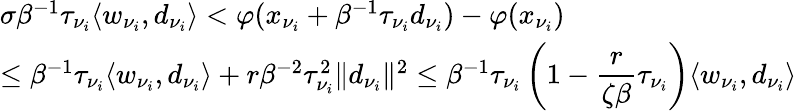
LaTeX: \begin{array}{ll}{\sigma\beta^{-1}\tau_{\nu_{i}}\langle w_{\nu_{i}},d_{\nu_{i}}\rangle<\varphi(x_{\nu_{i}}+\beta^{-1}\tau_{\nu_{i}}d_{\nu_{i}})-\varphi(x_{\nu_{i}})}\\ {\leq\beta^{-1}\tau_{\nu_{i}}\langle w_{\nu_{i}},d_{\nu_{i}}\rangle+r\beta^{-2}\tau_{\nu_{i}}^{2}\| d_{\nu_{i}}\| ^{2}\leq\beta^{-1}\tau_{\nu_{i}}\left(1-\displaystyle\frac{r}{\zeta\beta}\tau_{\nu_{i}}\right)\langle w_{\nu_{i}},d_{\nu_{i}}\rangle}\end{array}